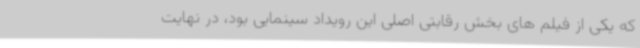
که یکی از فیلم های بخش رقابتی اصلی این رویداد سینمایی بود، در نهایت